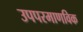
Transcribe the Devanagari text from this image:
उपपरमाणविक